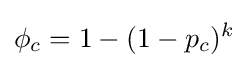
\phi _{c}=1-(1-p_{c})^{k}